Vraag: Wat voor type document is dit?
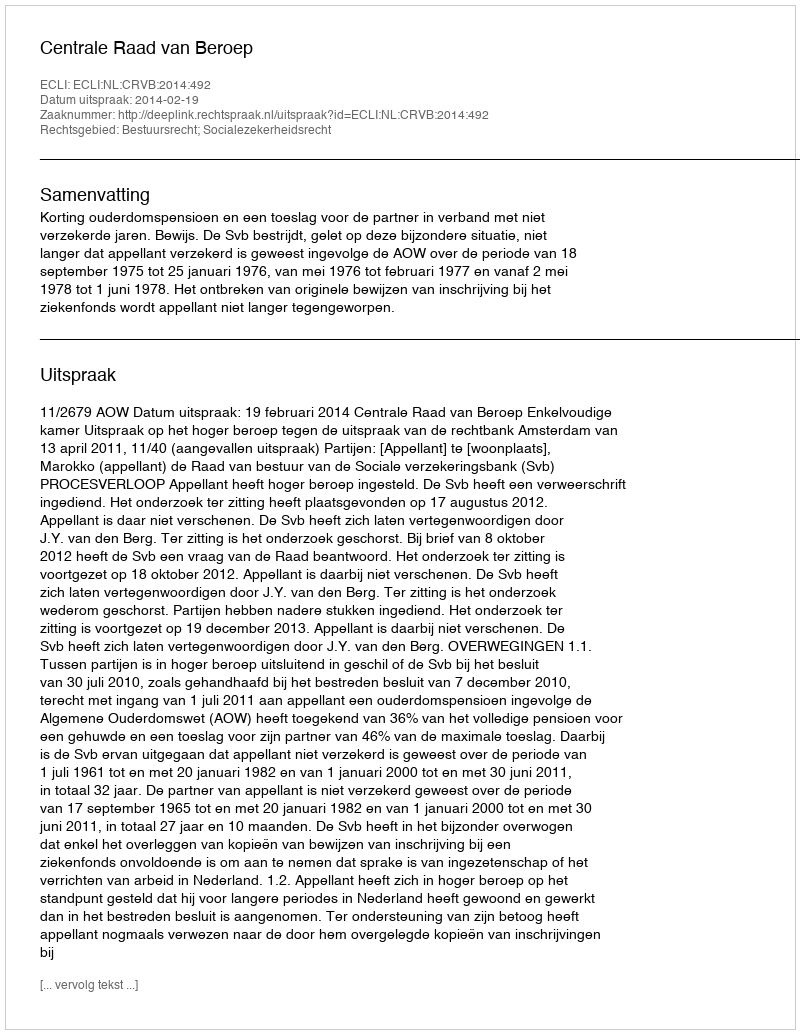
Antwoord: Uitspraak